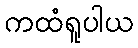
ကထံရူပါယ